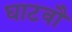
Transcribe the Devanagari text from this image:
घाटवौ